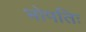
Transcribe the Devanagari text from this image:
भोपतिः